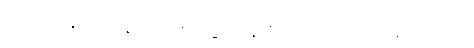
ပြတင်းပေါက် နားက စားပွဲ တစ်ဝိုင်းလောက်လိုချင်တယ်။